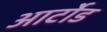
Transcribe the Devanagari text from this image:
आर्टोड